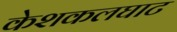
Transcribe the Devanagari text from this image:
केशकलघाट